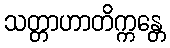
သတ္တာဟာတိက္ကန္တေ